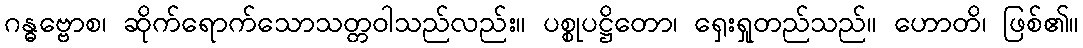
ဂန္ဓဗ္ဗောစ၊ ဆိုက်ရောက်သောသတ္တဝါသည်လည်း။ ပစ္စုပဋ္ဌိတော၊ ရှေးရှုတည်သည်။ ဟောတိ၊ ဖြစ်၏။